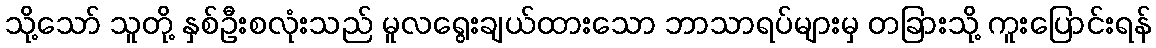
သို့သော် သူတို့ နှစ်ဦးစလုံးသည် မူလရွေးချယ်ထားသော ဘာသာရပ်များမှ တခြားသို့ ကူးပြောင်းရန်